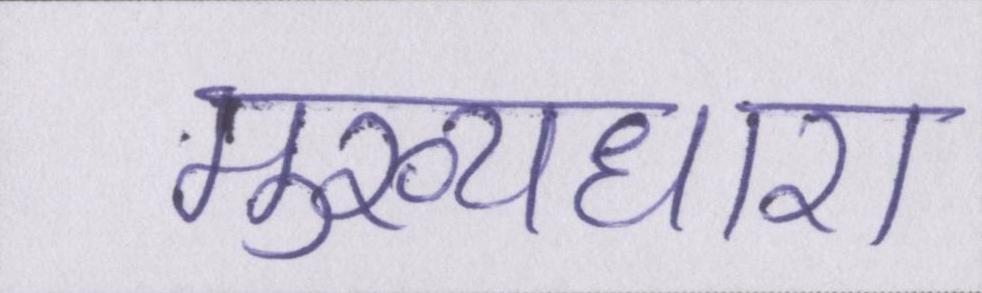
मुख्यधारा